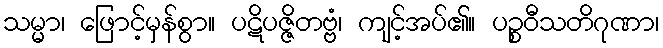
သမ္မာ၊ ဖြောင့်မှန်စွာ။ ပဋိပဇ္ဇိတဗ္ဗံ၊ ကျင့်အပ်၏။ ပဉ္စဝီသတိဂုဏာ၊